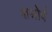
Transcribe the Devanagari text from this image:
शश्रोर्व